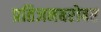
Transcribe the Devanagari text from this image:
प्रतिजनबरोबर